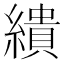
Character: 繢